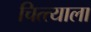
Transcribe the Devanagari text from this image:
चित्त्याला